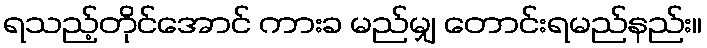
ရသည့်တိုင်အောင် ကားခ မည်မျှ တောင်းရမည်နည်း။